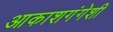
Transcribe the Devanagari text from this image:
आकाशगंगेशी